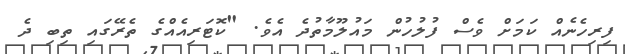
ފިރިހެނެއް ކަމަށް ވެސް ފުލުހުން މައުލޫމާތުދެ އެވެ. "ކޮޓަރިއެއްގެ ތެރޭގައި ތިބި ދެ